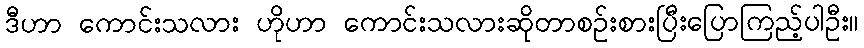
ဒီဟာ ကောင်းသလား ဟိုဟာ ကောင်းသလားဆိုတာစဉ်းစားပြီးပြောကြည့်ပါဦး။